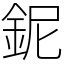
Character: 鈮